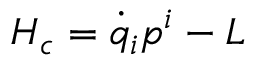
H _ { c } = \dot { q } _ { i } p ^ { i } - L